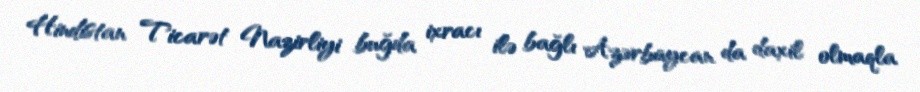
Hindistan Ticarət Nazirliyi buğda ixracı ilə bağlı Azərbaycan da daxil olmaqla